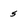
Character: 5